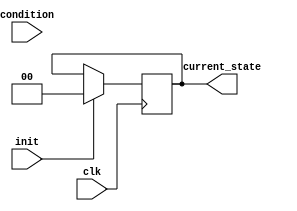
module PreConfiguredStateInit #(
    parameter STATE_WIDTH = 2,            // Width of the state register
    parameter INITIAL_STATE = 2'b00       // Pre-configured initial state
)(
    input wire clk,                        // Clock signal
    input wire init,                       // Control signal for initialization
    input wire [STATE_WIDTH-1:0] condition, // Optional condition for initialization
    output reg [STATE_WIDTH-1:0] current_state // Current state output
);

// State register
always @(posedge clk) begin
    if (init) begin
        // Initialize to the pre-configured state
        current_state <= INITIAL_STATE;
    end else begin
        // Retain the previous state (normal operation)
        current_state <= current_state;
    end
end

endmodule